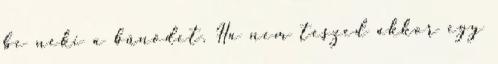
be neki a bűnödet. Ha nem teszed akkor egy